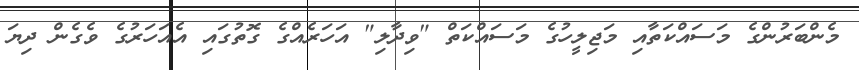
މެންބަރުންގެ މަސައްކަތާއި މަޖިލީހުގެ މަސައްކަތް "ވިދާލި" އަހަރެއްގެ ގޮތުގައި އެއަހަރުގެ ވެގެން ދިޔަ